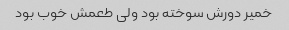
خمیر دورش سوخته بود ولی طعمش خوب بود